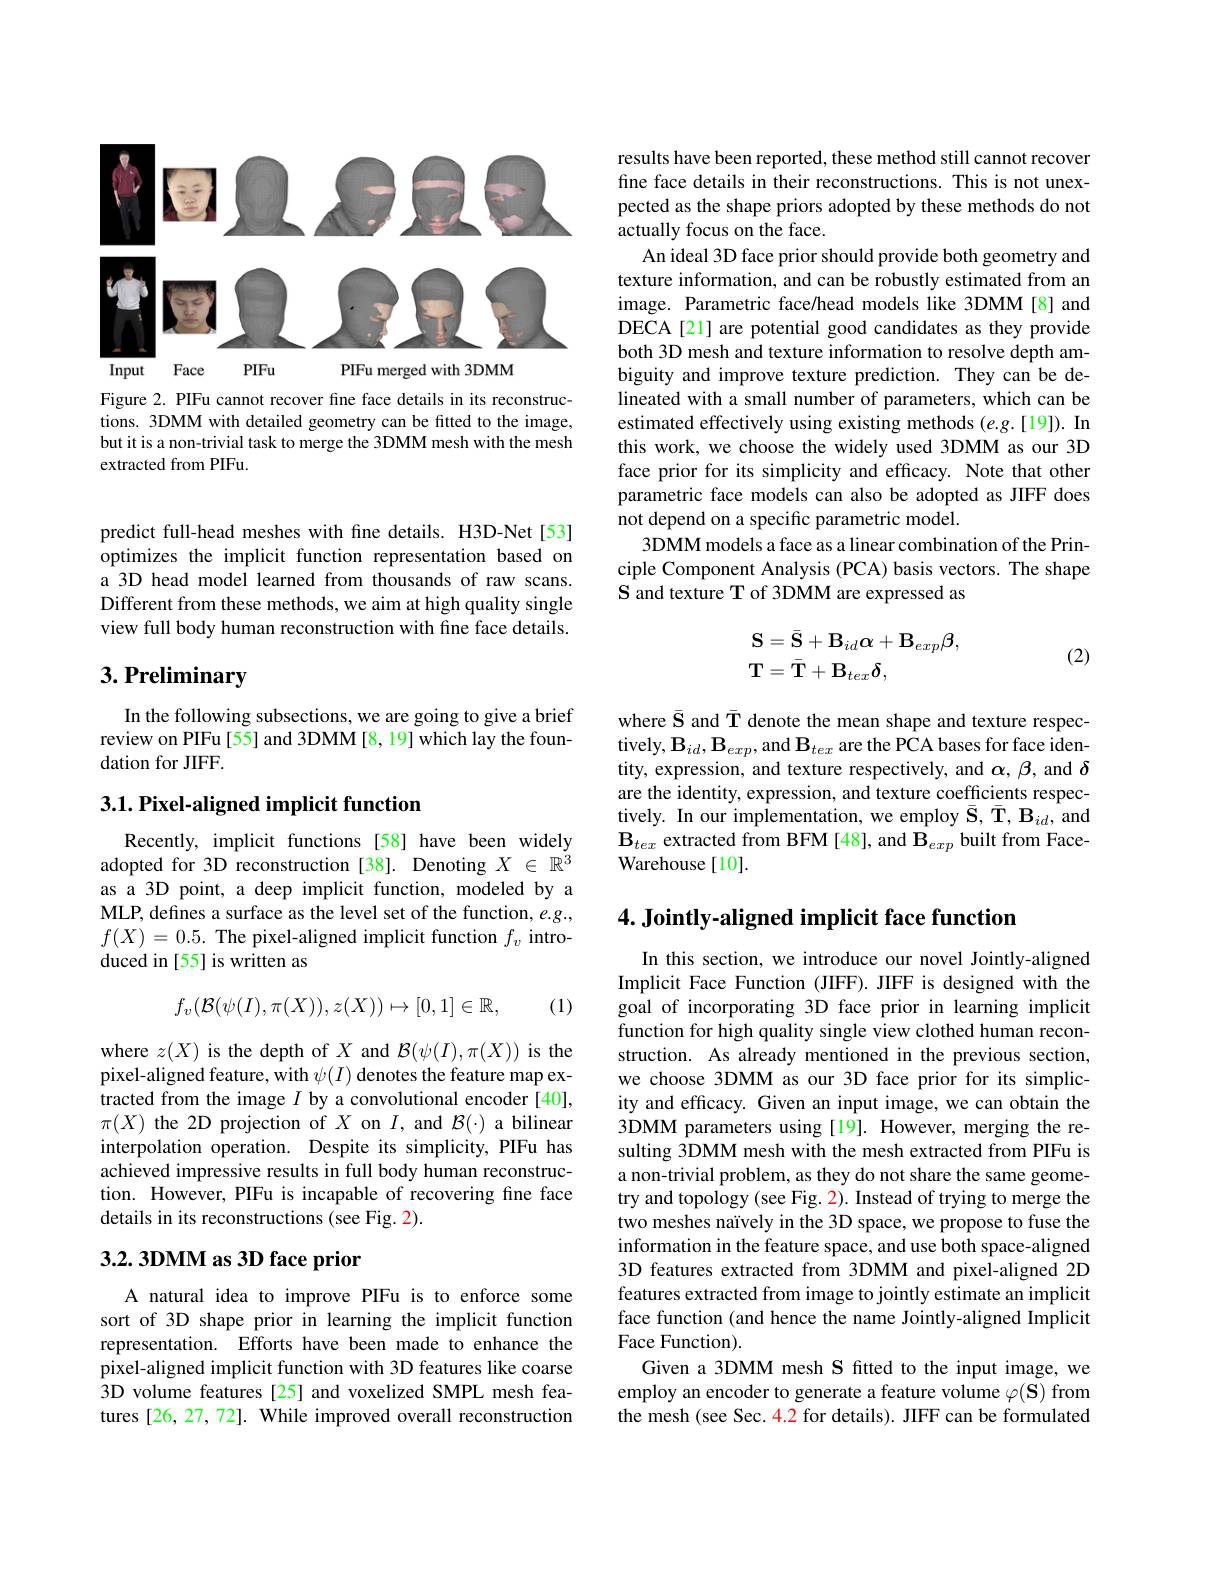
<FigureHere>

Figure 2. PIFu cannot recover fine face details in its reconstructions. 3DMM with detailed geometry can be fitted to the image, but it is a non-trivial task to merge the 3DMM mesh with the mesh extracted from PIFu

predict full-head meshes with fne details. H3D-Net[53] optimizes the implicit function representation based on a 3D head model learned from thousands of raw scans. Different from these methods, we aim at high quality single view full body human reconstruction with fine face details.

# 3. Preliminary

In the following subsections, we are going to give a brief review on PIFu[55] and 3DMM[8,19] which lay the foundation for JIFF.

## $3. 1. \textbf{Pixel- aligned implicit function}$

Recently, implicit functions [58] have been widely adopted for 3D reconstruction [38]. Denoting $X\in\mathbb{R}^3$ as a 3D point, a deep implicit function, modeled by a MLP, defines a surface as the level set of the function, $e.g.$, $f(X)=0.5.$ The pixel-aligned implicit function $f_v$ introduced in [55] is written as
$$f_v(\mathcal{B}(\psi(I),\pi(X)),z(X))\mapsto[0,1]\in\mathbb{R},$$
(1)

where $z(X)$ is the depth of $X$ and $\mathcal{B}(\psi(I),\pi(X))$ is the pixel-aligned feature, with $\psi(I)$ denotes the feature map extracted from the image $I$ by a convolutional encoder [40], $\pi(X)$ the 2D projection of $X$ on $I$, and $\mathcal{B}(\cdot)$ a bilinear interpolation operation. Despite its simplicity, PIFu has achieved impressive results in full body human reconstruction. However, PIFu is incapable of recovering fine face details in its reconstructions (see Fig. 2).

## 3.2.3DMM as 3D face prior

A natural idea to improve PIFu is to enforce some sort of 3D shape prior in learning the implicit function representation. Efforts have been made to enhance the pixel-aligned implicit function with 3D features like coarse 3D volume features [25] and voxelized SMPL mesh features [26, 27, 72]. While improved overall reconstruction

results have been reported, these method still cannot recover fine face details in their reconstructions. This is not unexpected as the shape priors adopted by these methods do not actually focus on the face.
An ideal 3D face prior should provide both geometry and texture information, and can be robustly estimated from an image. Parametric face/head models like 3DMM [8] and DECA[21] are potential good candidates as they provide both 3D mesh and texture information to resolve depth ambiguity and improve texture prediction. They can be delineated with a small number of parameters, which can be estimated effectively using existing methods (e.g.[19]). In this work, we choose the widely used 3DMM as our 3D face prior for its simplicity and effcacy. Note that other parametric face models can also be adopted as JIFF does not depend on a specific parametric model.
3DMM models a face as a linear combination of the Principle Component Analysis (PCA) basis vectors. The shape S and texture T of 3DMM are expressed as
$$\begin{aligned}&\mathbf{S}=\bar{\mathbf{S}}+\mathbf{B}_{id}\mathbf{\alpha}+\mathbf{B}_{exp}\mathbf{\beta},\\&\mathbf{T}=\bar{\mathbf{T}}+\mathbf{B}_{tex}\delta,\end{aligned}$$
(2)

where $\bar{\mathbf{S}}$ and T denote the mean shape and texture respec- $\mathrm{tively,B}_{id},\mathbf{B}_{exp}$,and $\mathbf{B}_{tex}$ are the PCA bases for face identity, expression, and texture respectively, and $\alpha,\beta$, and $\delta$ are the identity, expression, and texture coefficients respectively. In our implementation, we employ $\bar{\mathbf{S}},\bar{\mathbf{T}},\mathbf{B}_{id}$,and $\mathbf{B}_{tex}$ extracted from BFM [48], and $\mathbf{B}_exp$ built from FaceWarehouse[10].

# 4. Jointly-aligned implicit face function

In this section, we introduce our novel Jointly-aligned Implicit Face Function (JIFF). JIFF is designed with the goal of incorporating 3D face prior in learning implicit function for high quality single view clothed human reconstruction. As already mentioned in the previous section, we choose 3DMM as our 3D face prior for its simplicity and efficacy. Given an input image, we can obtain the 3DMM parameters using[19]. However, merging the resulting 3DMM mesh with the mesh extracted from PIFu is a non-trivial problem, as they do not share the same geometry and topology (see Fig. 2). Instead of trying to merge the two meshes naïvely in the 3D space, we propose to fuse the information in the feature space, and use both space-aligned 3D features extracted from 3DMM and pixel-aligned 2D features extracted from image to jointly estimate an implicit face function (and hence the name Jointly-aligned Implicit Face Function).
Given a 3DMM mesh S fitted to the input image, we employ an encoder to generate a feature volume $\varphi(\mathbf{S})$ from the mesh (see Sec. 4.2 for details). JIFF can be formulated